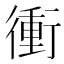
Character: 衝